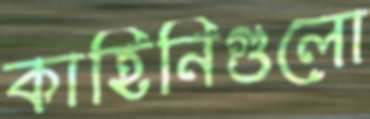
কাহিনিগুলো